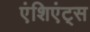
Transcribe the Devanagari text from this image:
एंशिएंट्स